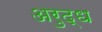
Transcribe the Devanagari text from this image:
अरुद्ध